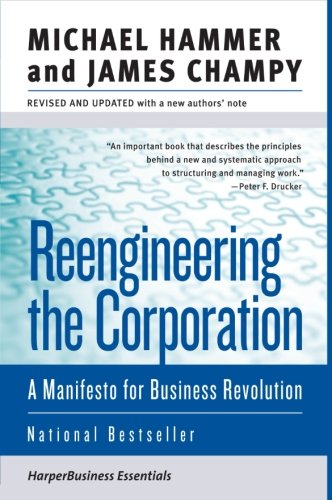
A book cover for Reengineering the Corporation: A Manifesto for Business Revolution (Collins Business Essentials); Michael Hammer; Business & Money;